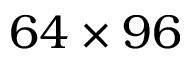
6 4 \times 9 6